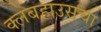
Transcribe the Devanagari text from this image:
क्लबहाउसचा